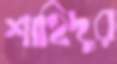
শাহিদুর